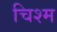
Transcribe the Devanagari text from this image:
चिश्म